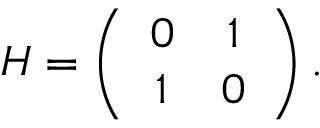
H = \left( \begin{array} { c c } { { 0 } } & { { 1 } } \\ { { 1 } } & { { 0 } } \end{array} \right) .